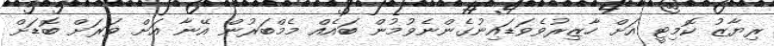
ރިޔާޒު ކޮމިޓީ އަށް ހާޒިރުވެވަޑައިނުގެންނެވުމުން ބައެއް މެމްބަރުން އޭނާ އަށް ވަރަށް ބޮޑަށް